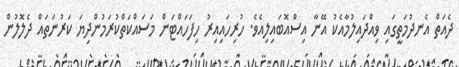
ދެއަތް އެނދުމަތީގައި ވިއްދައިލުމާއެކު އޭނާ އިސްއޮބައިލިއެވެ. ހުރިހައިއިރު ހިފަހައްޓަން މަސައްކަތްކުރަމުންދިޔަ ކަރުނަތައް ދެލޮލުން